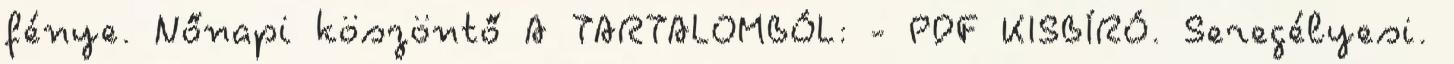
fénye. Nőnapi köszöntő A TARTALOMBÓL: - PDF KISBÍRÓ. Seregélyesi.